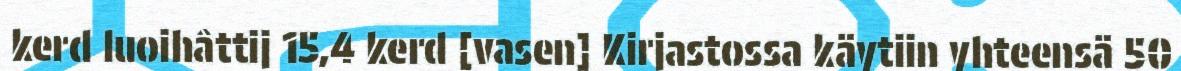
kerd luoihâttij 15,4 kerd [vasen] Kirjastossa käytiin yhteensä 50